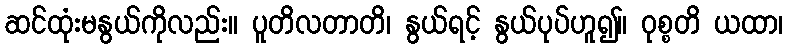
ဆင်ထုံးမနွယ်ကိုလည်း။ ပူတိလတာတိ၊ နွယ်ရင့် နွယ်ပုပ်ဟူ၍။ ဝုစ္စတိ ယထာ၊